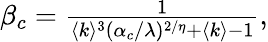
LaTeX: \begin{array}{r}{\beta_{c}=\frac{1}{\langle k\rangle^{3}(\alpha_{c}/\lambda)^{2/\eta}+\langle k\rangle-1},}\end{array}